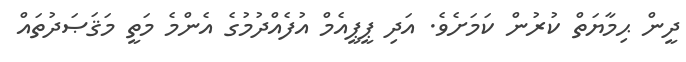
ދީން ޙިމާޔަތް ކުރުން ކަމަށެވެ. އަދި ޕީޕީއެމް އުފެއްދުމުގެ އެންމެ މަތީ މަޤަޞަދުތައް